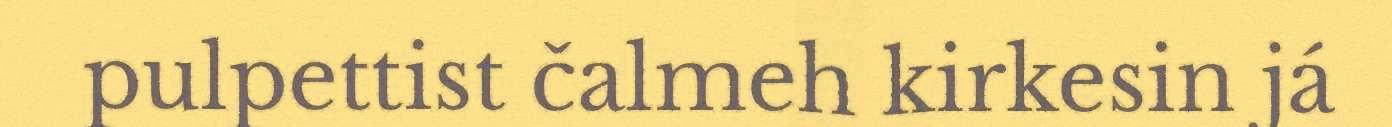
pulpettist čalmeh kirkesin já